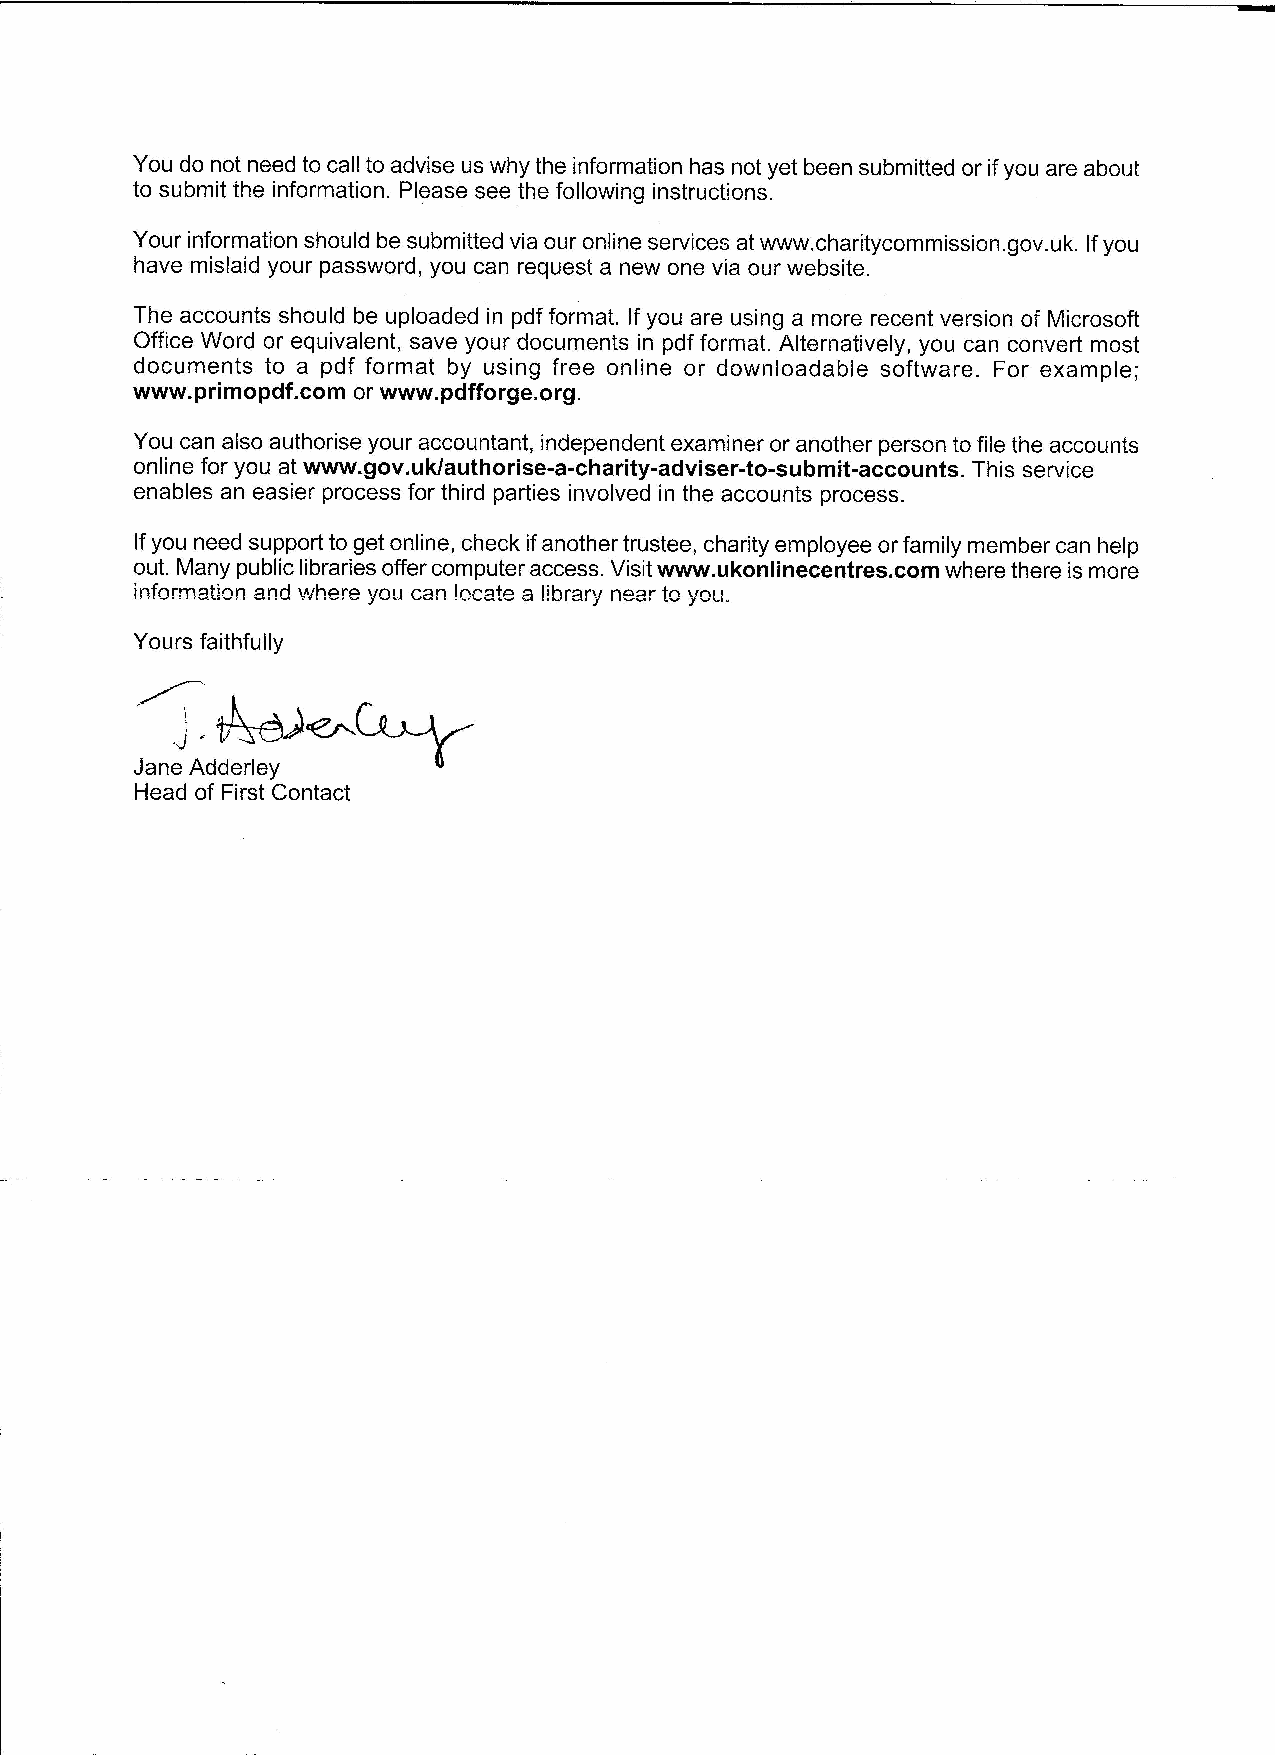
You do not need to call to advise us why the information has not yet been submitted or ifyou are about
 to submit ihe information. Please see the following instructions.
 Your information should be submitted via our online services at www. charitycommission. gov.uk. Ifyou
 have mislaid your password, you can request a new one via our website.
 The accounts should be uploaded in pdf format. Ifyou are using a more recent version of Microsoft
 Office Word or equivalent, save your documents in pdf format. Alternatively, you can convert most
 documents to a pdf format by using free online or downloadable software. For example;
 www. primopdf. corn or www. pdfforge. org.
 You can also authorise your accountant, independent examiner or another person to file the accounts
 online for you at www. gov.uk/authorise-a-charity-adviser-to-submit-accounts. This service
 enables an easier process for third parties involved in the accounts process.
 Ifyou need support to get online, check ifanother trustee, charity employee orfamily member can help
 out. Many public libraries offer computer access. Visit www. ukonlinecentres. corn where there is more
 information and where yoii can locate p Iibranl near to vo~u
 Yours faithfully
 Jane Adderley
 Head of First Contact